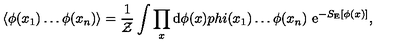
\langle \phi ( x _ { 1 } ) \dots \phi ( x _ { n } ) \rangle = \frac { 1 } { { \cal Z } } \int \prod _ { x } \mathrm { d } \phi ( x ) p h i ( x _ { 1 } ) \dots \phi ( x _ { n } ) \ \mathrm { e } ^ { - S _ { \mathrm { E } } [ \phi ( x ) ] } ,